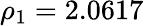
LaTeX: \rho_{1}=2.0617